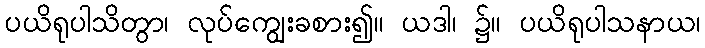
ပယိရုပါသိတွာ၊ လုပ်ကျွေးခစား၍။ ယဒါ၊ ၌။ ပယိရုပါသနာယ၊